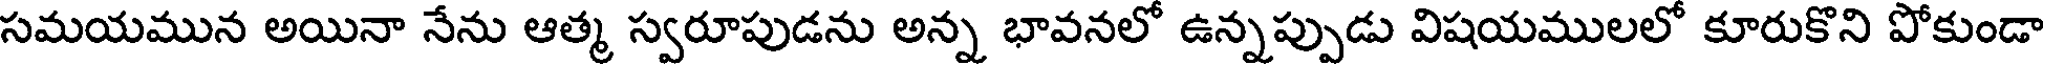
సమయమున అయినా నేను ఆత్మ స్వరూపుడను అన్న భావనలో ఉన్నప్పుడు విషయములలో కూరుకొని పోకుండా